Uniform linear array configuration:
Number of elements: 64
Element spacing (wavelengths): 0.5
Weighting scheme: blackman
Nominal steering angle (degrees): -30
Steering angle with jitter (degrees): -29.828
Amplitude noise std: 0.05
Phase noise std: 0.05

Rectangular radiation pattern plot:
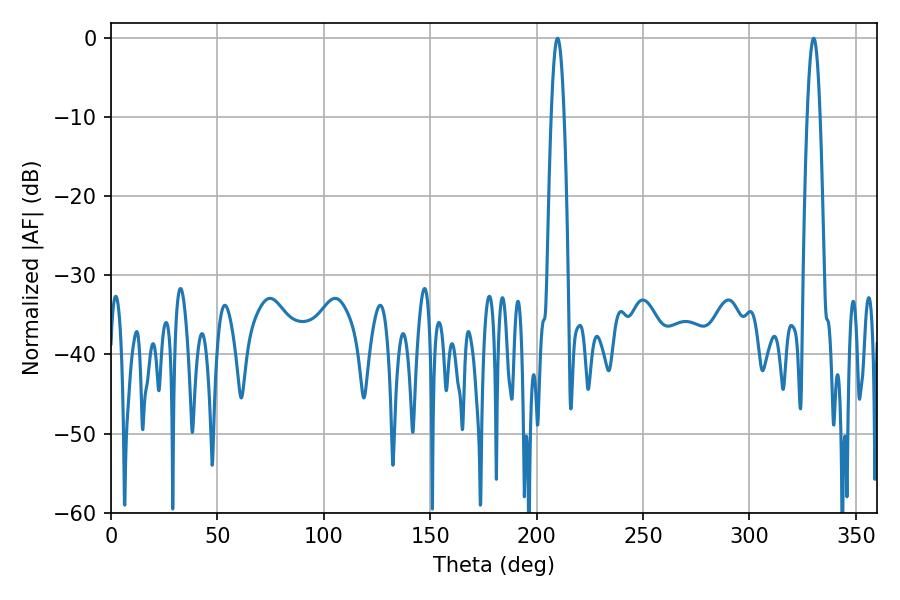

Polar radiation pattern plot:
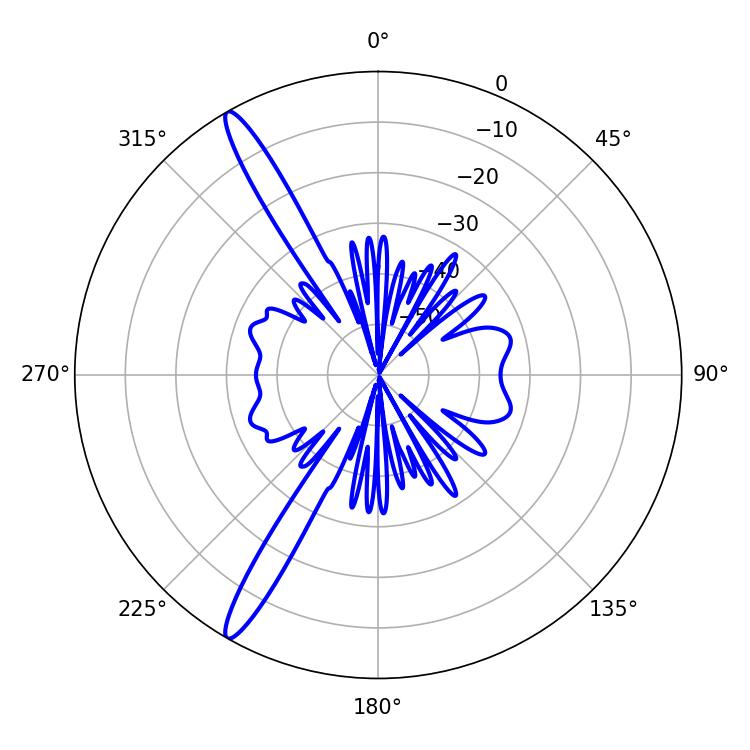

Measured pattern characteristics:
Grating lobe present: FALSE
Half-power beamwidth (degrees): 3.24
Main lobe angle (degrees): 330.12